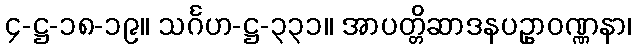
၄-ဋ္ဌ-၁၈-၁၉။ သင်္ဂဟ-ဋ္ဌ-၃၃၁။ အာပတ္တိဆာဒနပဥှာဝဏ္ဏနာ၊